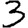
Digit: 3